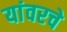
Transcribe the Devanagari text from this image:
यांवरचे